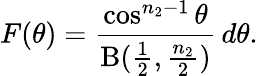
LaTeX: F(\theta)={\frac{\cos^{n_{2}-1}\theta}{\mathrm{B}({\frac{1}{2}},{\frac{n_{2}}{2}})}}\, d\theta.